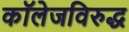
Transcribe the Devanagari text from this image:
कॉलेजविरुद्ध